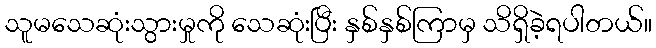
သူမသေဆုံးသွားမှုကို သေဆုံးပြီး နှစ်နှစ်ကြာမှ သိရှိခဲ့ရပါတယ်။